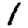
Digit: 1